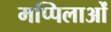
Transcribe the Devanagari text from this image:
मप्पिलाओं